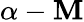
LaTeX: \alpha-\mathbf{M}